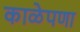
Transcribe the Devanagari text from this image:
काळेपणा